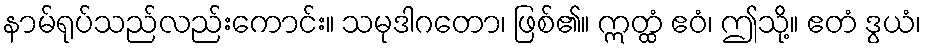
နာမ်ရုပ်သည်လည်းကောင်း။ သမုဒါဂတော၊ ဖြစ်၏။ ဣတ္ထံ ဧဝံ၊ ဤသို့။ ဧတံ ဒွယံ၊